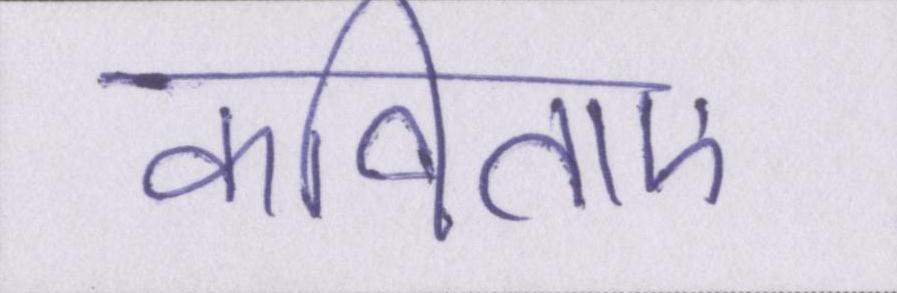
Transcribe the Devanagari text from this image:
कविताएं